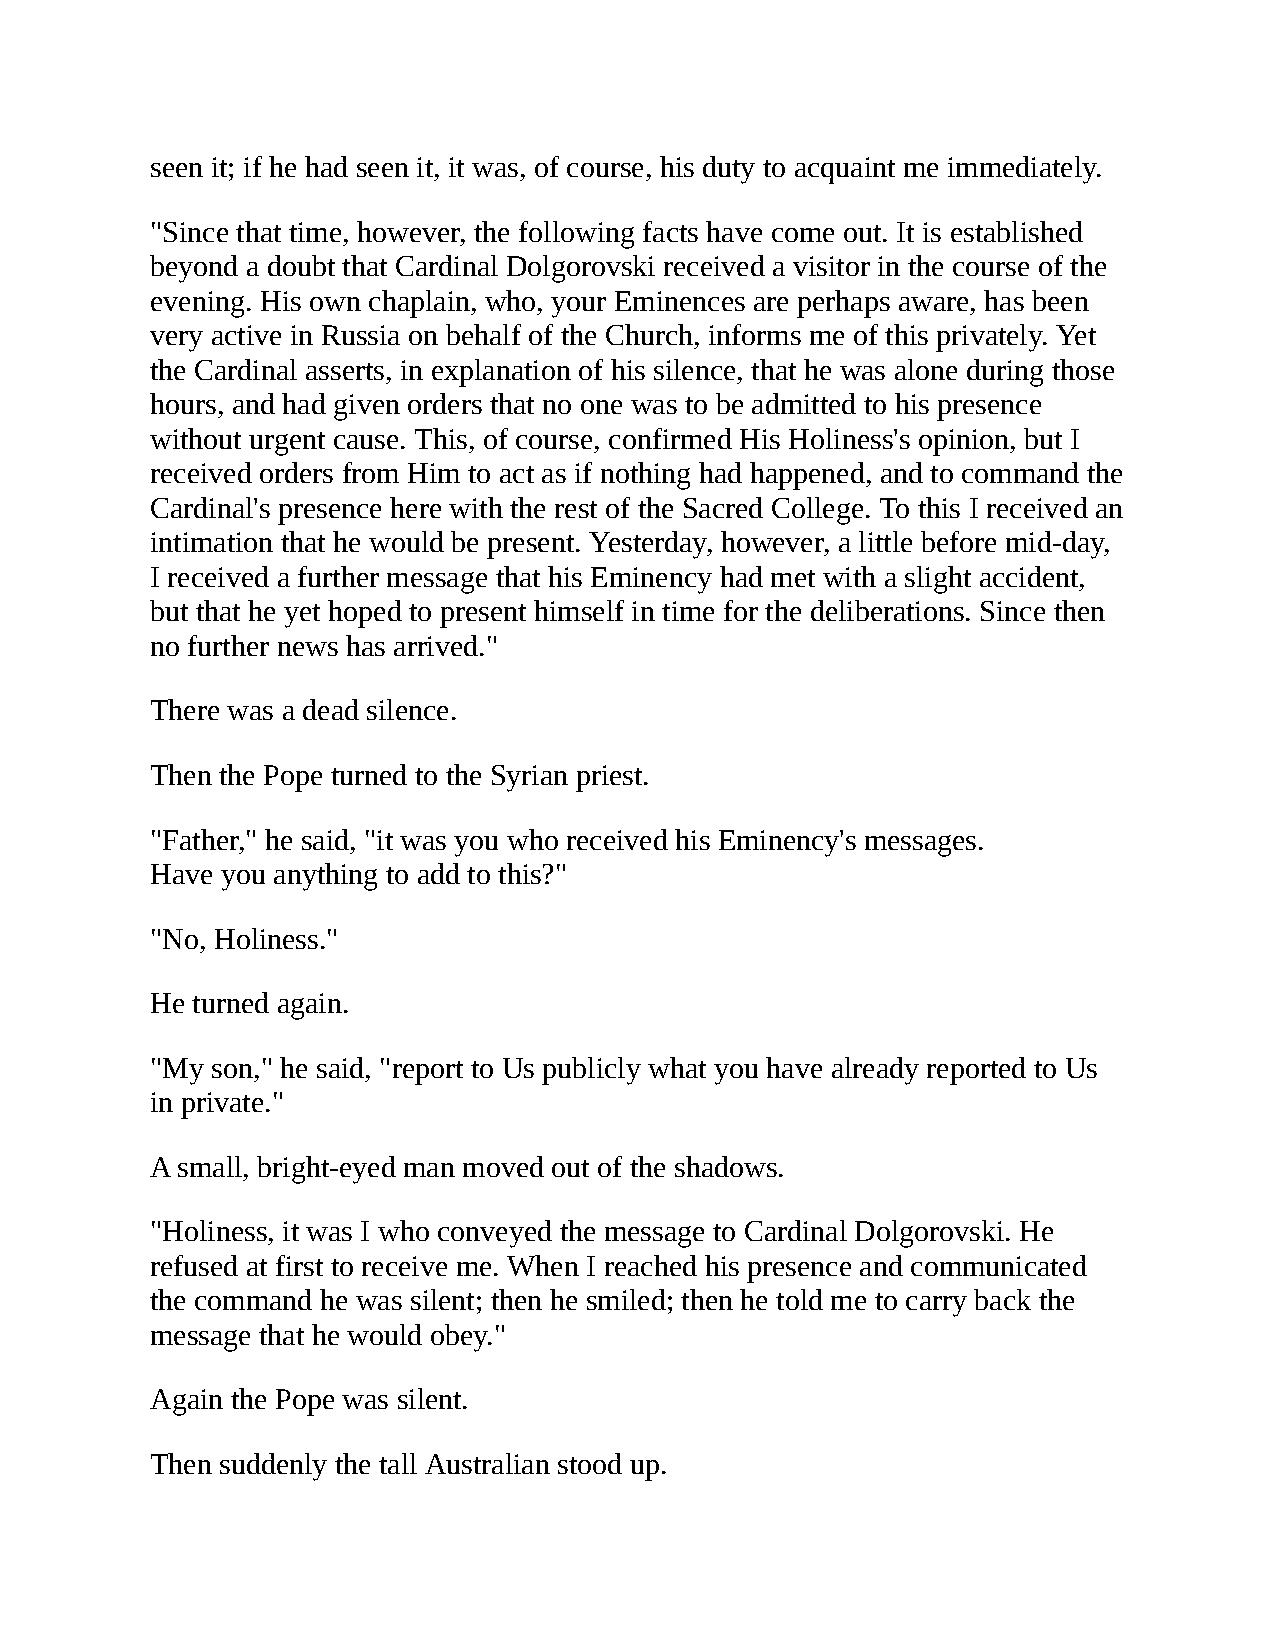
seen it; if he had seen it, it was, of course, his duty to acquaint me immediately.
 "Since that time, however, the following facts have come out. It is established
 beyond a doubt that Cardinal Dolgorovski received a visitor in the course of the
 evening. His own chaplain, who, your Eminences are perhaps aware, has been
 very active in Russia on behalf of the Church, informs me of this privately. Yet
 the Cardinal asserts, in explanation of his silence, that he was alone during those
 hours, and had given orders that no one was to be admitted to his presence
 without urgent cause. This, of course, confirmed His Holiness's opinion, but I
 received orders from Him to act as if nothing had happened, and to command the
 Cardinal's presence here with the rest of the Sacred College. To this I received an
 intimation that he would be present. Yesterday, however, a little before mid-day,
 I received a further message that his Eminency had met with a slight accident,
 but that he yet hoped to present himself in time for the deliberations. Since then
 no further news has arrived."
 There was a dead silence.
 Then the Pope turned to the Syrian priest.
 "Father," he said, "it was you who received his Eminency's messages.
 Have you anything to add to this?"
 "No, Holiness."
 He turned again.
 "My son," he said, "report to Us publicly what you have already reported to Us
 in private."
 A small, bright-eyed man moved out of the shadows.
 "Holiness, it was I who conveyed the message to Cardinal Dolgorovski. He
 refused at first to receive me. When I reached his presence and communicated
 the command he was silent; then he smiled; then he told me to carry back the
 message that he would obey."
 Again the Pope was silent.
 Then suddenly the tall Australian stood up.